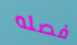
فصله